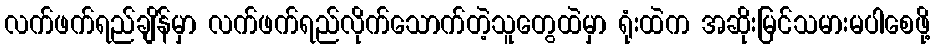
လက်ဖက်ရည်ချိန်မှာ လက်ဖက်ရည်လိုက်သောက်တဲ့သူတွေထဲမှာ ရုံးထဲက အဆိုးမြင်သမားမပါစေဖို့